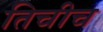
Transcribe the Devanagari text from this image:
तिचीच